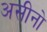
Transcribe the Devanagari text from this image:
असीनो